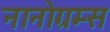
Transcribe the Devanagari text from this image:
नानोग्रम्स